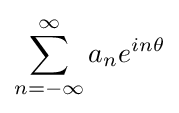
\sum _{n=-\infty }^{\infty }a_{n}e^{in\theta }